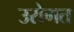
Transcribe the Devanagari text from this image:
उरोगत